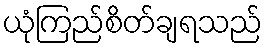
ယုံကြည်စိတ်ချရသည်